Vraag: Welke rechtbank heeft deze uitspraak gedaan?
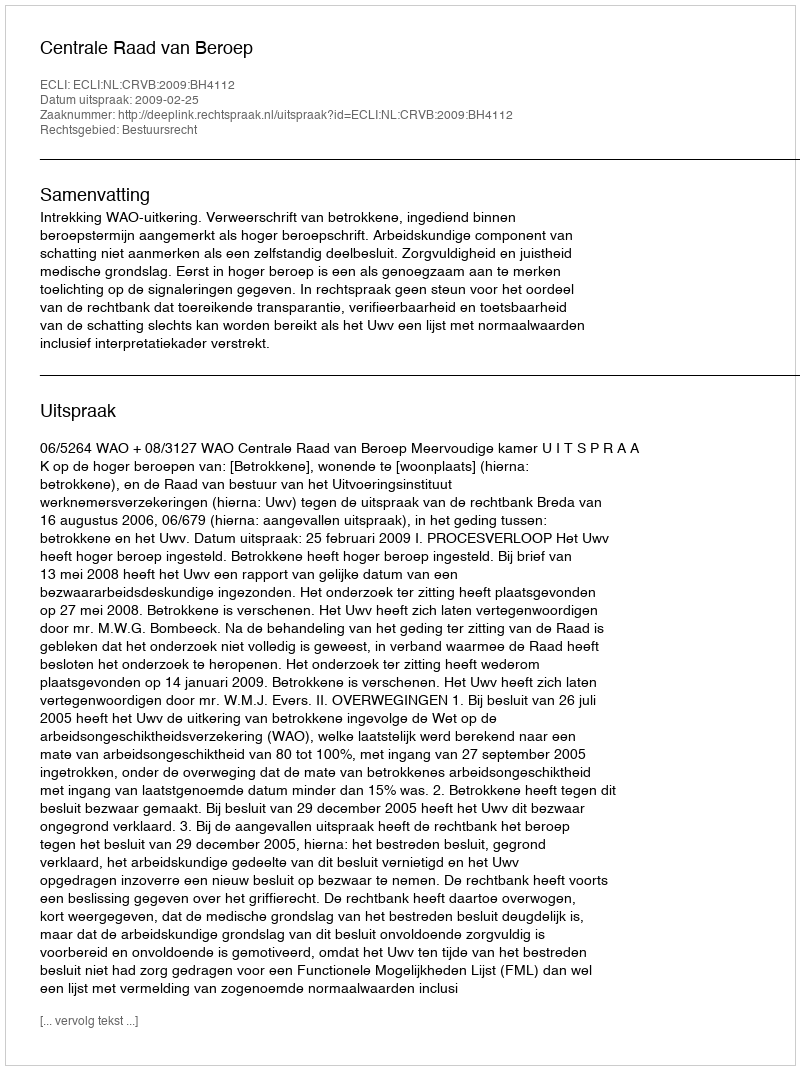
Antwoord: Centrale Raad van Beroep